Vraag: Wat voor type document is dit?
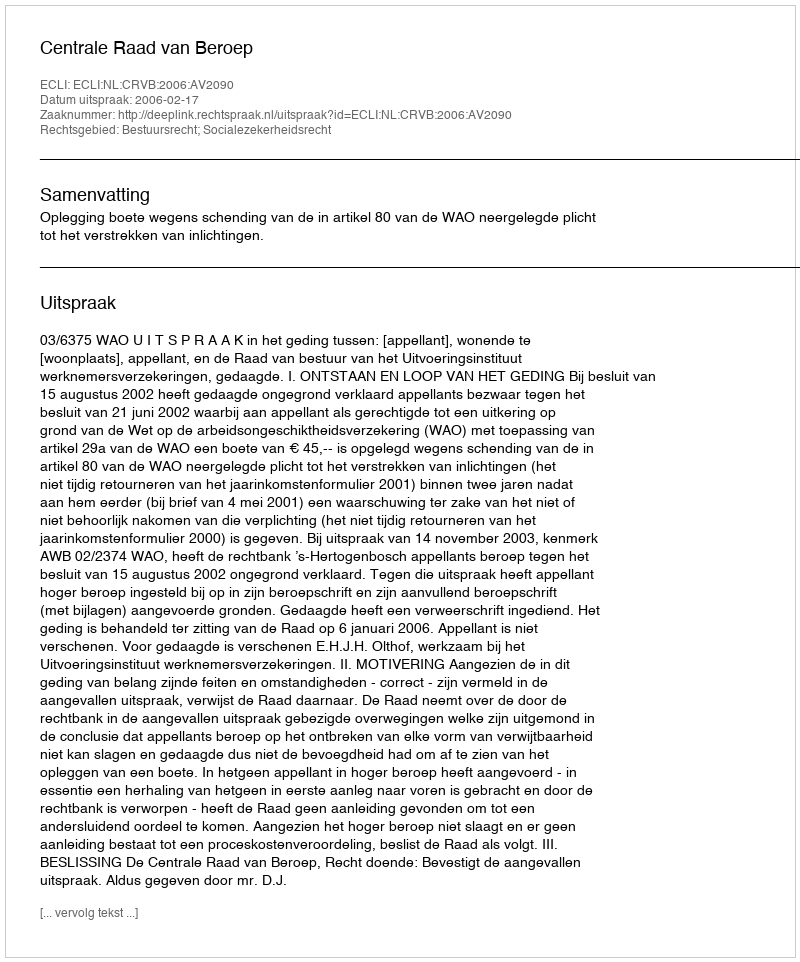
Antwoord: Uitspraak